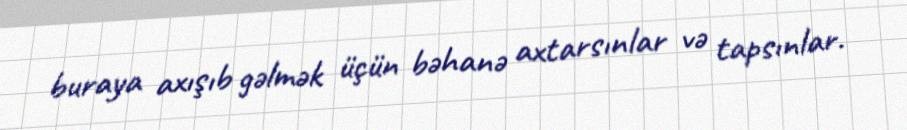
buraya axışıb gəlmək üçün bəhanə axtarsınlar və tapsınlar.